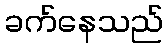
ခက်နေသည်